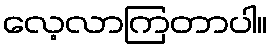
လေ့လာကြတာပါ။